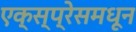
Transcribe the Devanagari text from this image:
एक्स्प्रेसमधून